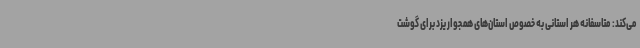
می‌کند: متاسفانه هر استانی به خصوص استان‌های همجوار یزد برای گوشت